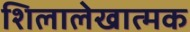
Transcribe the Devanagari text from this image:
शिलालेखात्‍मक